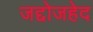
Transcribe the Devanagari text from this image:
जद्दोजहेद